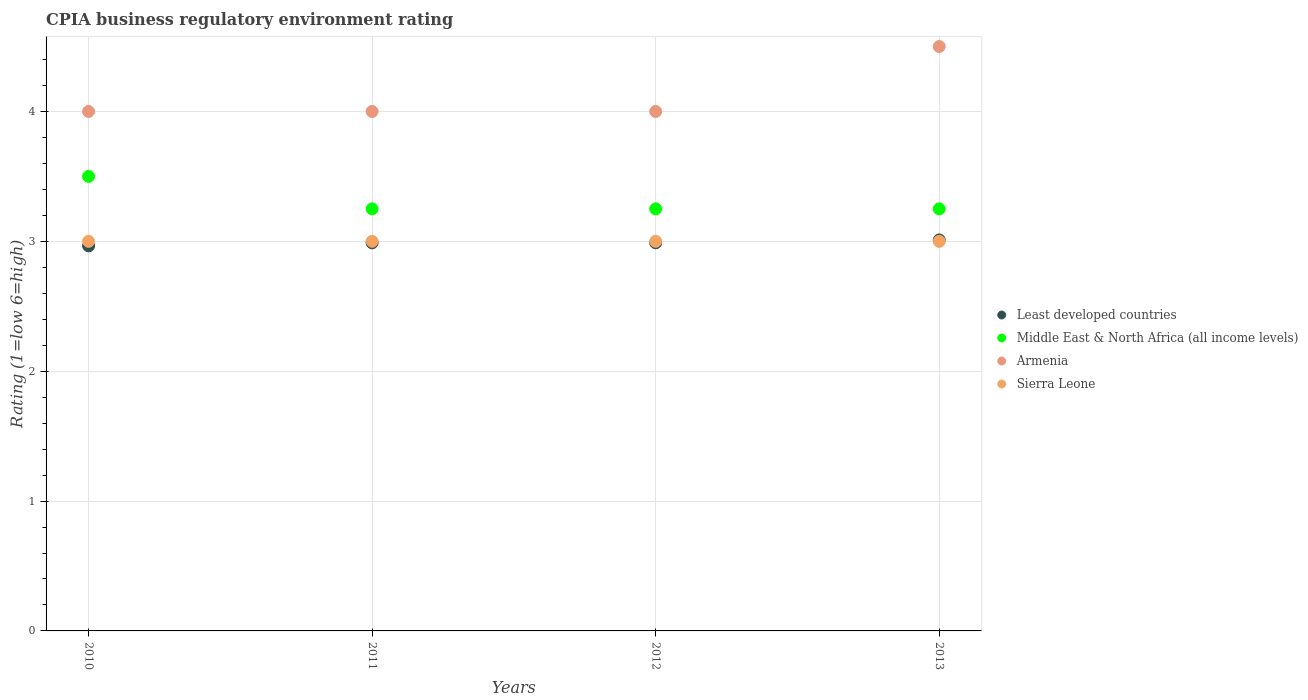
| Years | Least developed countries | Middle East & North Africa (all income levels) | Armenia | Sierra Leone |
 | --- | --- | --- | --- | --- |
 | 2010 | 2.97 | 3.5 | 4 | 3 |
 | 2011 | 2.99 | 3.25 | 4 | 3 |
 | 2012 | 2.99 | 3.25 | 4 | 3 |
 | 2013 | 3.01 | 3.25 | 4.5 | 3 |